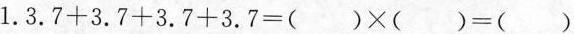
1.3.7+3.7+3.7+3.7=( )×( )=( )